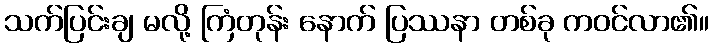
သက်ပြင်းချ မလို့ ကြံတုန်း နောက် ပြဿနာ တစ်ခု ကဝင်လာ၏။